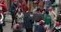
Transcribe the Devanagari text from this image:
राजस्थायी